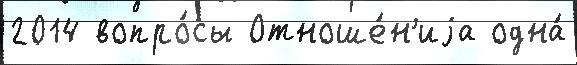
2014 вопро́сы Отноше́н'иjа одна́